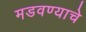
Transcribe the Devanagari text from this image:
मडवण्याचे